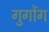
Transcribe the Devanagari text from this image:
गुगोंग